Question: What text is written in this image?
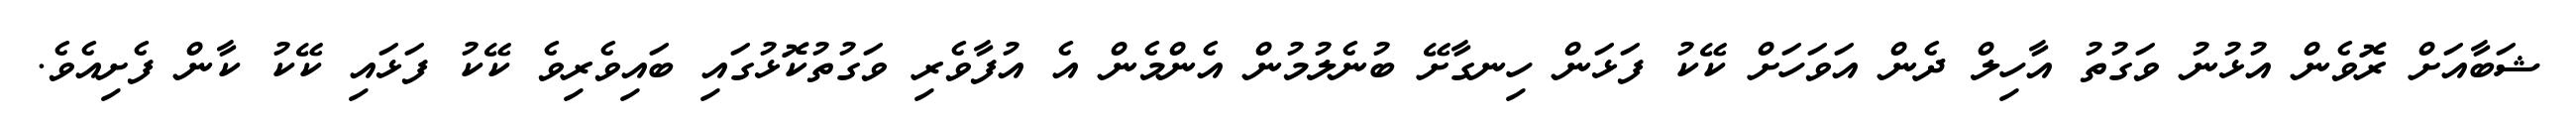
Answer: ޝަބާއަށް ރޮވެން އުޅުނު ވަގުތު އާހިލް ދެން އަވަހަށް ކޭކު ފަޅަން ހިނގާށޭ ބުނެލުމުން އެންމެން އެ އުފާވެރި ވަގުތުކޮޅުގައި ބައިވެރިވެ ކޭކު ފަޅައި ކޭކު ކާން ފެށިއެވެ.